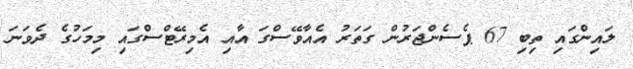
ލައިންގައި ތިބި 67 ޕެސެންޖަރުން ގަތަރު އެއާވޭސްގަ އާއި އެމިރޭޓްސްގައި މިމަހުގެ ދެވަނަ